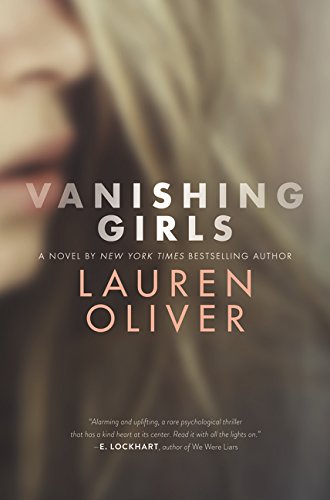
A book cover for Vanishing Girls; Lauren Oliver; Teen & Young Adult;